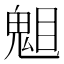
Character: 𱳆